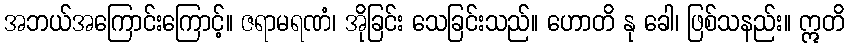
အဘယ်အကြောင်းကြောင့်။ ဇရာမရဏံ၊ အိုခြင်း သေခြင်းသည်။ ဟောတိ နု ခေါ၊ ဖြစ်သနည်း။ ဣတိ